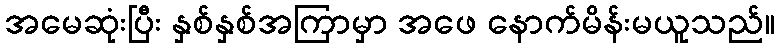
အမေဆုံးပြီး နှစ်နှစ်အကြာမှာ အဖေ နောက်မိန်းမယူသည်။